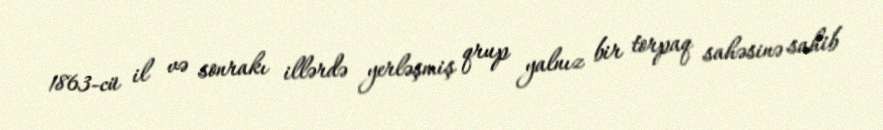
1863-cü il və sonrakı illərdə yerləşmiş qrup yalnız bir torpaq sahəsinə sahib